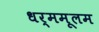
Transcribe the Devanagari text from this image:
धर्ममूलम